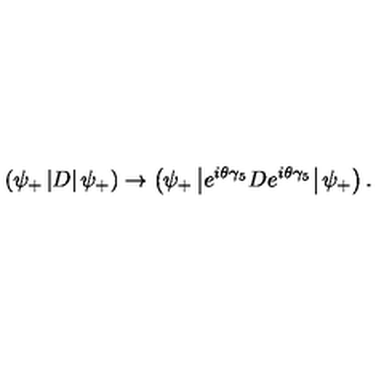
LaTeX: \left( \psi _ { + } \left| D \right| \psi _ { + } \right) \rightarrow \left( \psi _ { + } \left| e ^ { i \theta \gamma _ { 5 } } D e ^ { i \theta \gamma _ { 5 } } \right| \psi _ { + } \right) .